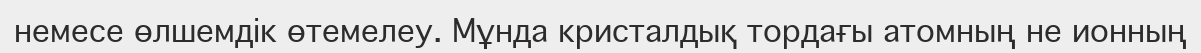
немесе өлшемдік өтемелеу. Мұнда кристалдық тордағы атомның не ионның